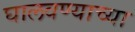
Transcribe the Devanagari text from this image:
घालवण्याच्या